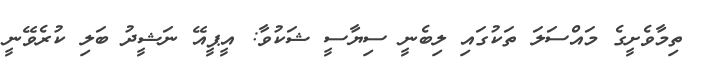
ތިމާވެށީގެ މައްސަލަ ތަކުގައި ލިބެނީ ސިޔާސީ ޝަކުވާ: އީޕީއޭ ނަޝީދު ބަލި ކުރެވޭނީ